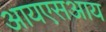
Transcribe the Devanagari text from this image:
आयएसआय